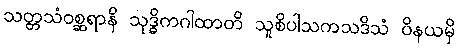
သတ္တသံဝစ္ဆရာနိ သုဒ္ဓိကဂါထာတိ သူစိပါသကသဒိသံ ဝိနယမှိ